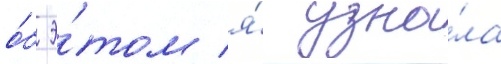
о́б э́том я́ узна́ла